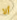
ألا